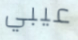
عيبي